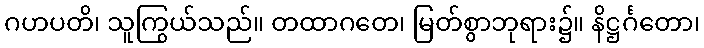
ဂဟပတိ၊ သူကြွယ်သည်။ တထာဂတေ၊ မြတ်စွာဘုရား၌။ နိဋ္ဌင်္ဂတော၊